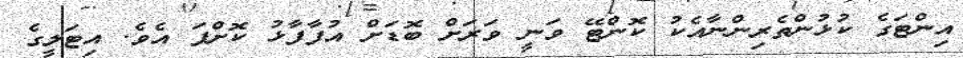
އިންޓަގެ ކުޅުންތެރިންނާއެކު ކޮންޓޭ ވަނީ ވަރަށް ބޮޑަށް އުފާފާޅު ކޮށްފަ އެވެ. އިޓަލީގެ